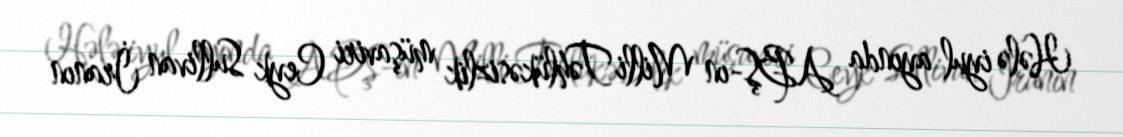
Hələ iyul ayında ABŞ-ın Milli Təhlükəsizlik müşaviri Ceyk Sullivan İranın